Lunatic asylums United Provinces 1909-1921 - 1909-1921
Year: 1909
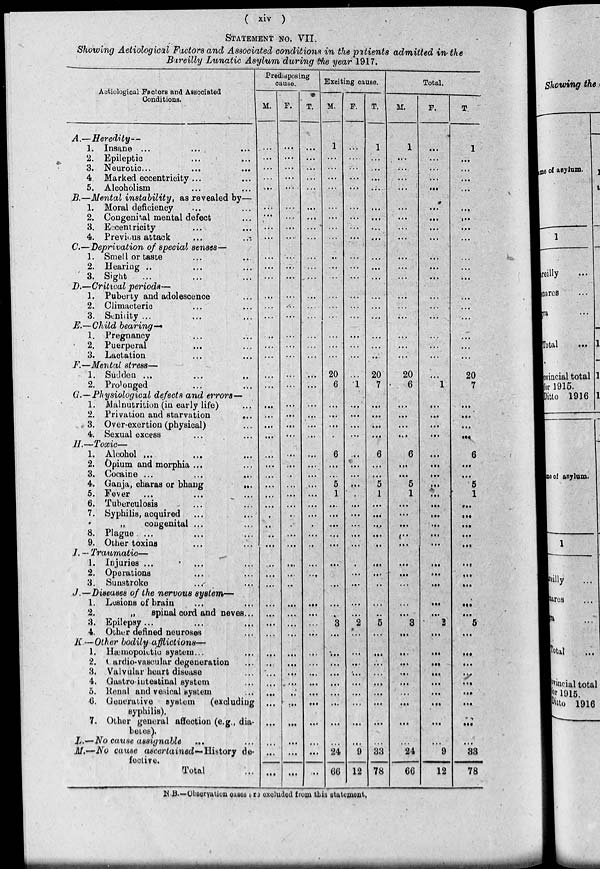
( xiv )
STATEMENT NO. VII.
Showing Aetiological Factors and Associated conditions in the patients admitted in the
Bareilly Lunatic Asylum during the year 1917.
Aetiological Factors and Associated
Conditions.
A.—Heredity—
1. Insane ...
...
...
2. Epileptic ... ...
3. Neurotic... ... ...
4 Marked eccentricity ... ...
5. Alcoholism ... ...
B.—Mental instability, as revealed by—
1. Moral deficiency ...
2. Congenital mental defect ...
3. Eccentricity ... ...
4. Previous attack ... ...
C.—Deprivation of special senses—
1. Smell or taste ... ...
2. Hearing ... ... ...
3. Sight ... ... ...
D.—Critical periods—
1. Puberty and adolescence ...
2. Climacteric ... ...
3. Senility ... ... ...
E.—Child bearing—
1. Pregnancy ... ...
2. Puerperal ... ...
3. Lactation ... ...
F.—Mental stress—
1. Sudden ... ... ...
2. Prolonged ... ...
G.—Physiological defects and errors—
1. Malnutrition (in early life) ...
2. Privation and starvation
...
3. Over-exertion (physical) ...
4. Sexual excess ... ...
II.—Toxic—
1. Alcohol
...
... ...
2. Opium and morphia ... ...
3. Cocaine ...
...
...
4. Ganja, charas or bhang
...
5. Fever ... ... ...
6. Tuberculosis ... ...
7. Syphilis, acquired ... ... ...
„
congenital ... ...
8. Plague ... ... ...
9. Other toxins ... ...
I. — Traumatic—
1. Injuries ... ... ...
2. Operations ... ...
3. Sunstroke ... ...
J.—Diseases of the nervous system—
1. Lusions of brain ... ...
2.
„
spinal cord and neves ...
3. Epilepsy ... ... ...
4. Other defined neuroses ...
K.—Other bodily afflictions—
1. Hæmopoietic system ... ...
2. Cardio-vascular degeneration ...
3. Valvular heart disease ...
4. Gastrointestinal system ...
5. Renal and vesical system ...
6. Generative system
(excluding
syphilis).
7. Other general affection (e.g., dia-
betes).
L.—No cause assignable ... ...
M.—NO cause ascertained— History de-
fective.
Total ...
Predisposing
cause.
M.
...
...
...
...
...
...
...
...
...
...
...
...
...
...
...
...
...
...
...
...
...
...
...
...
...
...
...
...
...
...
...
...
...
...
...
...
...
...
...
...
...
...
...
...
...
...
...
...
...
...
...
F.
...
...
...
...
...
...
...
...
...
...
...
...
...
...
...
...
...
...
...
...
...
...
...
...
...
...
...
...
...
...
...
...
...
...
...
...
...
...
...
...
...
...
...
...
...
...
...
...
...
...
...
T.
...
...
...
...
...
...
...
...
...
...
...
...
...
...
...
...
...
...
...
...
...
...
...
...
...
...
...
...
...
...
...
...
...
...
...
...
...
...
...
...
...
...
...
...
...
...
...
...
...
...
...
Exciting cause.
M.
1
...
...
...
...
...
...
...
...
...
...
...
...
...
...
...
...
...
20
6
...
...
...
...
6
...
...
5
1
...
...
...
...
...
...
...
...
...
...
3
...
...
...
...
...
...
...
. ..
...
24
66
F.
...
...
...
...
...
...
...
...
...
...
...
...
...
...
...
...
...
...
...
1
...
...
...
...
...
...
...
...
...
...
...
...
...
...
...
...
...
...
...
2
...
...
...
...
...
...
...
...
...
9
12
T.
1
...
...
...
...
...
...
...
...
...
...
...
...
...
...
...
...
...
20
7
...
...
...
...
6
...
...
5
1
...
...
...
...
...
...
...
...
...
...
5
...
...
...
...
...
...
...
...
...
33
78
Total.
M.
1
...
...
...
...
...
...
...
...
...
...
...
...
...
...
...
...
...
20
6
...
...
...
...
6
...
...
5
1
...
...
...
...
...
...
...
...
...
...
3
...
...
...
...
...
...
...
...
...
24
66
F.
...
...
...
...
...
...
...
...
...
...
...
...
...
...
...
...
...
...
...
1
...
...
...
...
...
...
...
...
...
...
...
...
...
...
...
...
...
...
...
2
....
...
...
...
...
...
...
...
...
9
12
T.
1
...
...
...
...
...
...
...
...
...
...
...
...
...
...
...
...
...
20
7
...
...
...
...
6
...
...
6
1
...
...
...
...
...
...
...
...
...
...
5
...
...
...
...
...
...
...
...
...
38
78
N.B.—Observation cases are excluded from this statement.